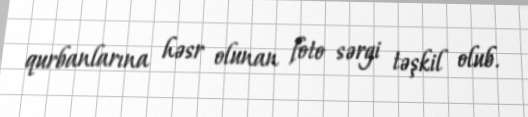
qurbanlarına həsr olunan foto sərgi təşkil olub.